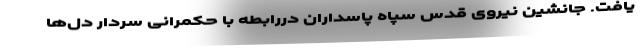
یافت. جانشین نیروی قدس سپاه پاسداران دررابطه با حکمرانی سردار دل‌ها